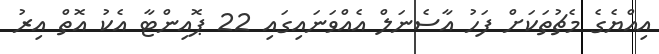
އިއްޔެގެ މެޗުތަކަށް ފަހު އާސެނަލް އެއްވަނައިގައި 22 ޕޮއިންޓާ އެކު އޮތް އިރު